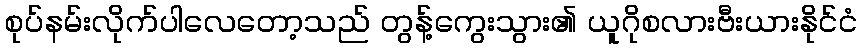
စုပ်နမ်းလိုက်ပါလေတော့သည် တွန့်ကွေးသွား၏ ယူဂိုစလားဗီးယားနိုင်ငံ